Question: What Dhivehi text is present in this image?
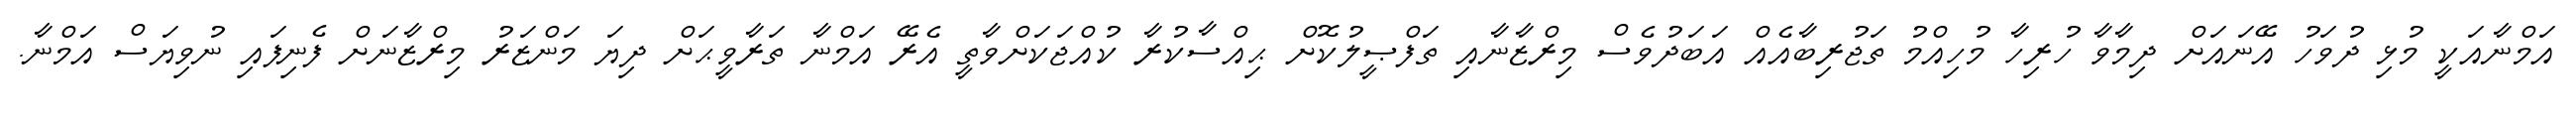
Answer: އަމްނާއަކީ މުޅި ދުވަހު އޭނައަށް ދިމާވާ ހުރިހާ މުހިއްމު ތަޖުރިބާއެއް އަބަދުވެސް މިރްޒާނާއި ތަފްޞީލުކޮށް ޙިއްސާކުރާ ކުއްޖަކަށްވާތީ އެރޭ އަމްނާ ތަރާވީޙަށް ދިޔަ މަންޒަރު މިރްޒާނަށް ފެނިފައި ނުވިޔަސް އަމްނާ.